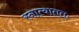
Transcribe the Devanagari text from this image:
स्नात्वाततः